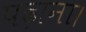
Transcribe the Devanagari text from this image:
पढ़ाना।